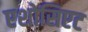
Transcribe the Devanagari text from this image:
एशोसिएट